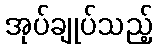
အုပ်ချုပ်သည့်